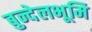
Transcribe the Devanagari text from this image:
बुन्देलभूमि